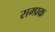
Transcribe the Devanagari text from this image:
सम्प्रक